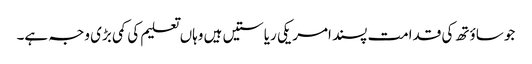
جو ساؤتھ کی قدامت پسند امریکی ریاستیں‌ ہیں وہاں تعلیم کی کمی بڑی وجہ ہے۔